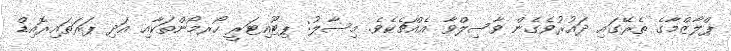
ޕްލާޒްމާގެ ތެރޭގައި ދައުރުވެގެން ވާސިލްވާ އެއްޗެކެވެ. މިސާލު: ޕިޓޫއިޓަރީ ހޯރމޯންތަކާއި އަދި ޕަރަތައިރޮއިޑް